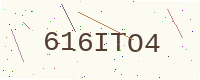
Text: 616ITO4